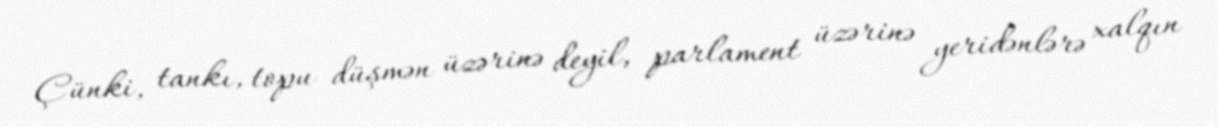
Çünki, tankı, topu düşmən üzərinə deyil, parlament üzərinə yeridənlərə xalqın